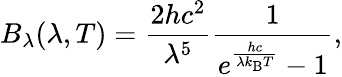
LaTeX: B_{\lambda}(\lambda,T)={\frac{2hc^{2}}{\lambda^{5}}}{\frac{1}{e^{\frac{hc}{\lambda k_{\mathrm{B}}T}}-1}},